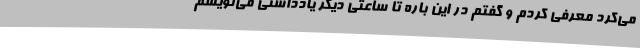
می‌کرد معرفی کردم و گفتم در این باره تا ساعتی دیگر یادداشتی می‌نویسم